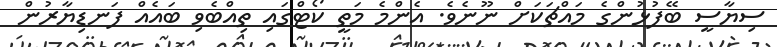
ސިޔާސީ ބޭފުޅުންގެ މައްޗަކަށް ނޫނެވެ. އެންމެ މަތީ ކޯޓްގައި ތިއްބެވި ބައެއް ފަނޑިޔާރުން